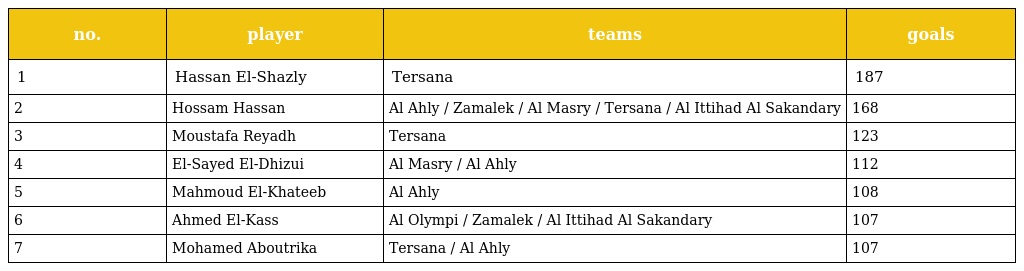
| no. | player | teams | goals |
 | --- | --- | --- | --- |
 | 1 | Hassan El-Shazly | Tersana | 187 |
 | 2 | Hossam Hassan | Al Ahly / Zamalek / Al Masry / Tersana / Al Ittihad Al Sakandary | 168 |
 | 3 | Moustafa Reyadh | Tersana | 123 |
 | 4 | El-Sayed El-Dhizui | Al Masry / Al Ahly | 112 |
 | 5 | Mahmoud El-Khateeb | Al Ahly | 108 |
 | 6 | Ahmed El-Kass | Al Olympi / Zamalek / Al Ittihad Al Sakandary | 107 |
 | 7 | Mohamed Aboutrika | Tersana / Al Ahly | 107 |